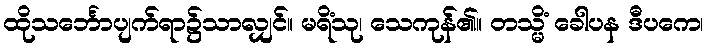
ထိုသင်္ဘောပျက်ရာ၌သာလျှင်။ မရိံသု၊ သေကုန်၏။ တသ္မိံ ခေါပန ဒီပကေ၊